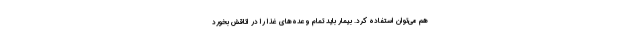
هم می‌توان استفاده کرد. بیمار باید تمام وعده‌های غذا را در اتاقش بخورد